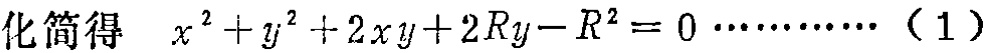
化简得 \(x^{2}+y^{2}+2xy + 2Ry - R^{2}=0\cdots\cdots\cdots(1)\)